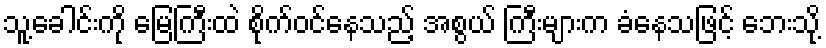
သူ့ခေါင်းကို မြေကြီးထဲ စိုက်ဝင်နေသည့် အစွယ် ကြီးများက ခံနေသဖြင့် ဘေးသို့